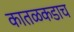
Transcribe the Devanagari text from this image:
कातळकडाच